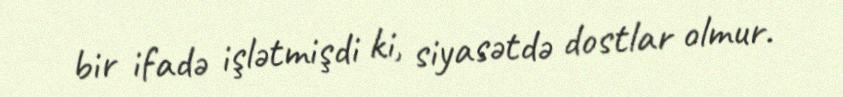
bir ifadə işlətmişdi ki, siyasətdə dostlar olmur.